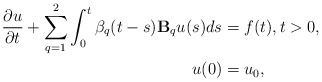
\begin{align*} \frac{\partial u}{\partial t} + \sum\limits_{q=1}^{2}\int_{0}^{t} \beta_q(t-s) \mathbf{B}_q u(s)ds &= f(t), t>0, \\ u(0) & = u_0, \end{align*}